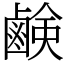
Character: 鹸